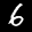
Label: 6